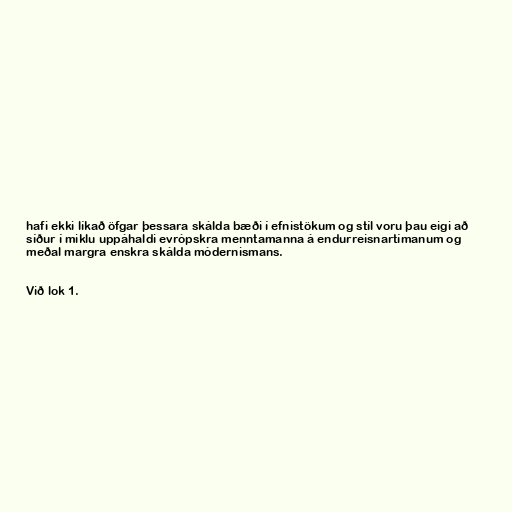
hafi ekki líkað öfgar þessara skálda bæði í efnistökum og stíl voru þau eigi að
síður í miklu uppáhaldi evrópskra menntamanna á endurreisnartímanum og
meðal margra enskra skálda módernismans.

Við lok 1.